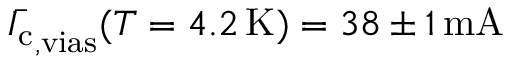
\bar { I _ { \mathrm { c } } } _ { \mathrm { , v i a s } } ( T = 4 . 2 \, \mathrm { K } ) = 3 8 \pm 1 \, \mathrm { m A }